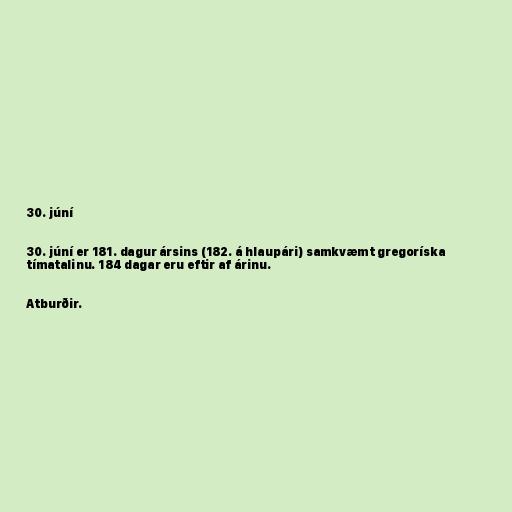
30. júní

30. júní er 181. dagur ársins (182. á hlaupári) samkvæmt gregoríska
tímatalinu. 184 dagar eru eftir af árinu.

Atburðir.